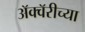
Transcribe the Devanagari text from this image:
अॅक्वॅरीच्या